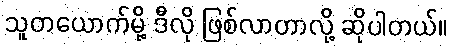
သူတယောက်မို့ ဒီလို ဖြစ်လာတာလို့ ဆိုပါတယ်။